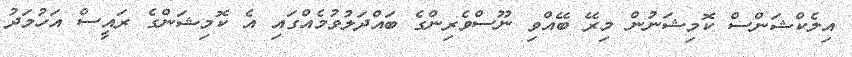
އިލެކްޝަންސް ކޮމިޝަނުން މިރޭ ބޭއްވި ނޫސްވެރިންގެ ބައްދަލުވުމެއްގައި އެ ކޮމިޝަންގެ ރައީސް އަހުމަދު